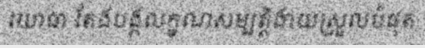
យោធា តែងបង្កលក្ខណសម្បត្តិងាយស្រួលបំផុត